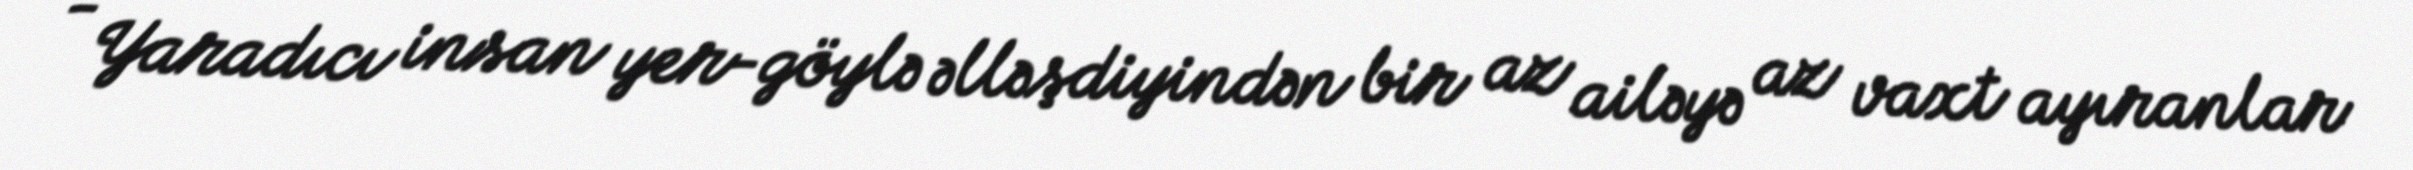
- Yaradıcı insan yer-göylə əlləşdiyindən bir az ailəyə az vaxt ayıranlar